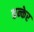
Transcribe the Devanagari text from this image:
कन्केर